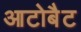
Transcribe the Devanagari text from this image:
आटोबैट